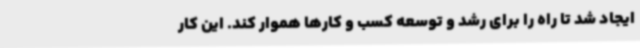
ایجاد شد تا راه را برای رشد و توسعه کسب و کارها هموار کند. این کار